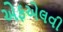
એફએલવી